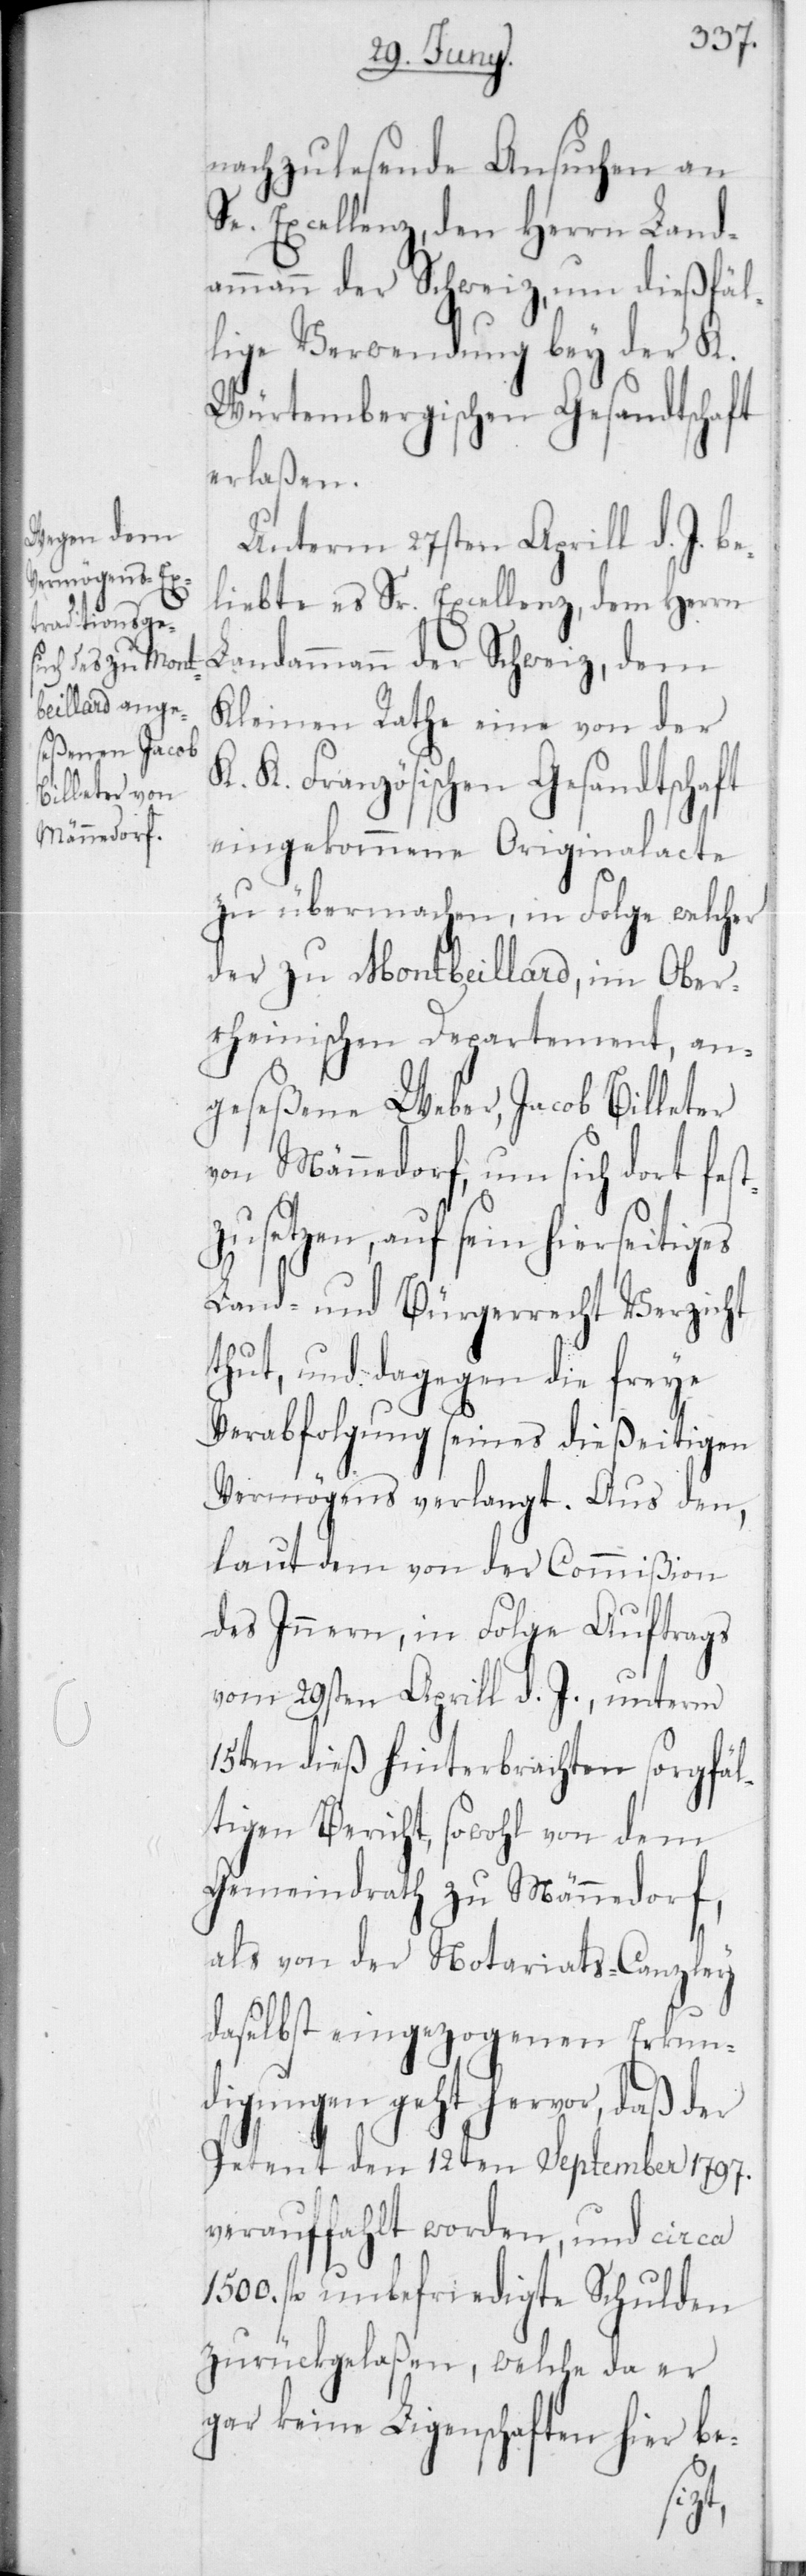
nachzulesende Ansuchen an
Se. Excellenz, den Herrn Land¬
ammann der Schweiz, um dießfäl¬
lige Verwendung bey der K.
Würtembergischen Gesandtschaft
erlaßen.
Unterm 27sten April d. J. be¬
liebte es Sr. Excellenz,dem Herrn
Landammann der Schweiz, dem
Kleinen Rathe eine von der
K. K. Französischen Gesandtschaft
eingekommene Originalacte
zu übermachen, in Folge welcher
der zu Montbeillard, im Ober¬
rheinischen Departement, an¬
geseßene Weber, Jacob Billeter
von Männedorf, um sich dort fest¬
zusetzen, auf sein hierseitig¬
Land- und Bürgerrecht Verzicht
thut, und dagegen die freye
Verabfolgung seines dießeitigen
Vermögens verlangt. Aus den,
laut dem von der Commißion
des Inneren, in Folge Auftrags
vm 29sten Aprill d. J., unterm
15ten dieß hinterbrachten sorgfäl¬
tigen Bericht, sowohl von dem
Gemeindrath zu Männedorf,
als von der Notariats-Canzley
daselbst eingezogenen Erkun¬
digungen geht hervor, daß der
Petent den 12ten September 1797
verauffahlt worden, und circa
1500 fl. unbefriedigte Schulden
zurückgelaßen, welche da er
gar keine Liegenschaften hier be-
es